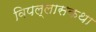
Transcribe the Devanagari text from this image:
विपल्लासकथा